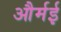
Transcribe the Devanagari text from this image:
और्मई